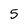
Character: 5